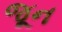
જૂન